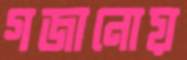
গজানোয়